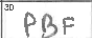
Transcription: PBF